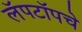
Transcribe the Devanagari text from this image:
लॅपटॉपचे